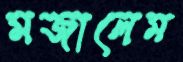
মজালেম